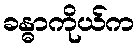
ခန္ဓာကိုယ်က